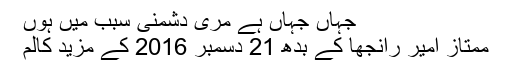
جہاں جہاں ہے مری دشمنی سبب میں ہوں
ممتاز امیر رانجھا کے بدھ 21 دسمبر 2016 کے مزید کالم